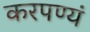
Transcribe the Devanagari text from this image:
करपण्यं